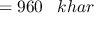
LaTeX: = 9 6 0 \; \; \; k h a r